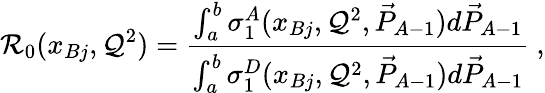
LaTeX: \mathcal{R}_{0}(x_{Bj},\mathcal{Q}^{2})={\frac{{\int_{a}^{b}\sigma_{1}^{A}(x_{Bj},\mathcal{Q}^{2},\vec{{P}}_{A-1})d\vec{{P}}_{A-1}}}{{\int_{a}^{b}\sigma_{1}^{D}(x_{Bj},\mathcal{Q}^{2},\vec{{P}}_{A-1})d\vec{{P}}_{A-1}}}}~,